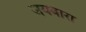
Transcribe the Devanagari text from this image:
जयबारा